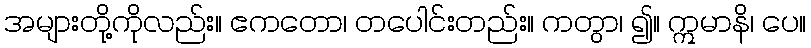
အများတို့ကိုလည်း။ ဧကတော၊ တပေါင်းတည်း။ ကတွာ၊ ၍။ ဣမာနိ၊ ပေ။